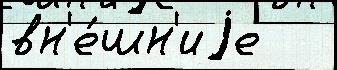
вн'е́шн'иjе